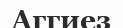
Аггиез